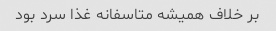
بر خلاف همیشه متاسفانه غذا سرد بود